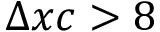
\Delta x c > 8